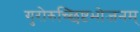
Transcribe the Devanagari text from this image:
गुरोरुच्छिष्टभोजनम्